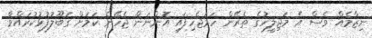
ނިޒާމެއް ވެސް އެ މަޖިލީހުގެ ތެރޭން ހަމަޖެހިފައި އޮންނަން ޖެހޭނެ ކަމަށް ގަބޫލުފުޅުކުރައްވާ